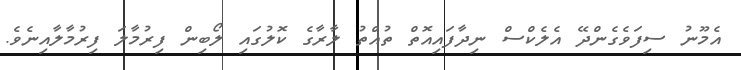
އެމޫނު ސިފަވެގެންދޭ އެލެކްސް ނިދާފައިއޮތް ތުއްތު ލާރާގެ ކޮލުގައި ލޯބިން ފިރުމާލަ ފިރުމާލާއިނެވެ.